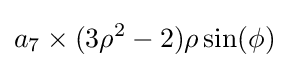
a_{7}\times (3\rho ^{2}-2)\rho \sin(\phi )